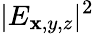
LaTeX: |E_{\mathbf{x},y,z}|^{2}